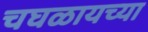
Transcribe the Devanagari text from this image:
चघळायच्या